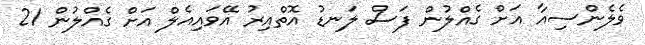
ވެލެންސިއާ އަށް ގެއްލުން ފަސް ލަނޑު އޮތްއިރު އޭވައިއެލް އަށް ގެއްލުން 21